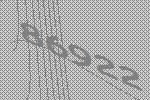
86922